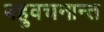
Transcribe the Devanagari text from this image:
बहुवचनान्त